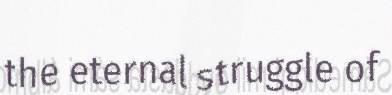
the eternal struggle of